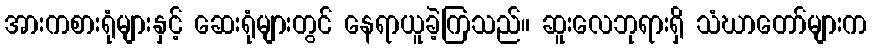
အားကစားရုံများနှင့် ဆေးရုံများတွင် နေရာယူခဲ့ကြသည်။ ဆူးလေဘုရားရှိ သံဃာတော်များက